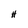
Character: H